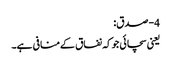
4- صدق:
یعنی سچائی جوکہ نفاق کےمنافی ہے۔